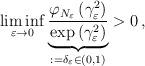
LaTeX: \begin{align*}\liminf_{\varepsilon\to 0}\underset{:=\delta_\varepsilon\in(0,1)}{\underbrace{\frac{\varphi_{N_\varepsilon}\left(\gamma_\varepsilon^2\right)}{\exp\left(\gamma_\varepsilon^2\right)}}}>0 \,,\end{align*}